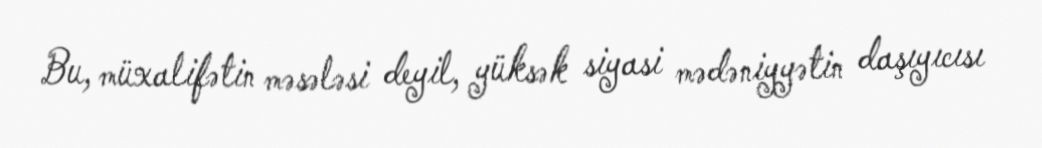
Bu, müxalifətin məsələsi deyil, yüksək siyasi mədəniyyətin daşıyıcısı